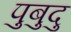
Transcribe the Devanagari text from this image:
पुबुदु